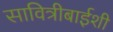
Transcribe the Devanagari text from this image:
सावित्रीबाईशी